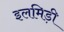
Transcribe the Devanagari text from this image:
इलमिड़ी